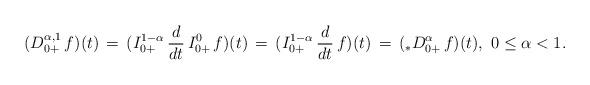
LaTeX: \begin{align*}(D^{\alpha,1}_{0+}\, f)(t) \, = \, (I_{0+}^{1-\alpha}\, \frac{d}{dt}\, I_{0+}^{0}\, f)(t)\, = \, (I_{0+}^{1-\alpha}\, \frac{d}{dt}\, f)(t)\, = \,( _*D^\alpha_{0+}\, f)(t),\ 0 \le \alpha < 1.\end{align*}